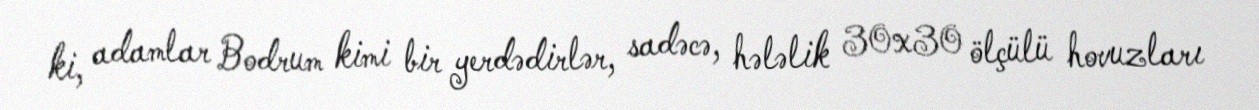
ki, adamlar Bodrum kimi bir yerdədirlər, sadəcə, hələlik 30x30 ölçülü hovuzları